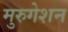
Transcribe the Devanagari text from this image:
मुरुगेशन